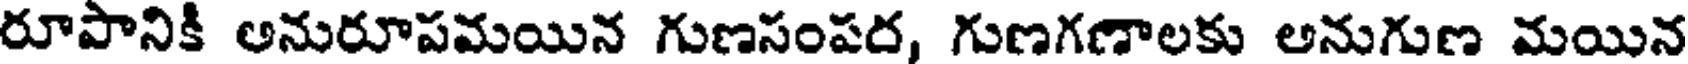
రూపానికి అనురూపమయిన గుణసంపర, గుణగణాలకు అనుగుణ మయిన